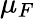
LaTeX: \mu_{F}